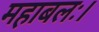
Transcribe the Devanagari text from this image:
महाबलः।